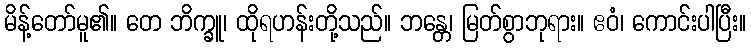
မိန့်တော်မူ၏။ တေ ဘိက္ခူ၊ ထိုရဟန်းတို့သည်။ ဘန္တေ၊ မြတ်စွာဘုရား။ ဧဝံ၊ ကောင်းပါပြီး။